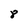
Character: 8